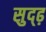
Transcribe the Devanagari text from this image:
सुद्ढ़